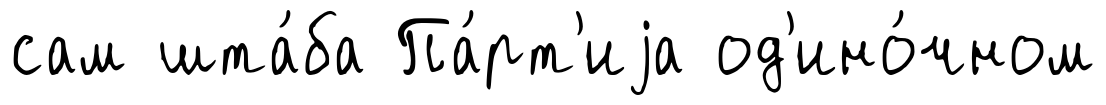
сам шта́ба Па́рт'иjа од'ино́чном